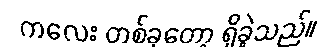
ကလေး တစ်ခုတော့ ရှိခဲ့သည်။